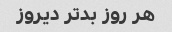
هر روز بد‌تر دیروز